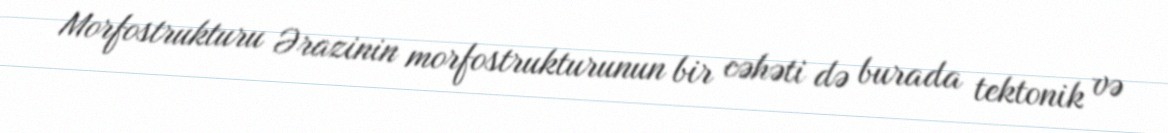
Morfostrukturu Ərazinin morfostrukturunun bir cəhəti də burada tektonik və